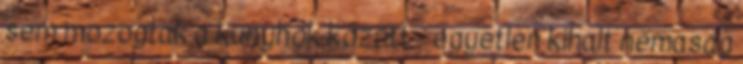
sem mozogtak a kunyhók között - egyetlen kihalt némaság